Vaccination report Assam 1896-1927 - 1896-1927
Year: 1896
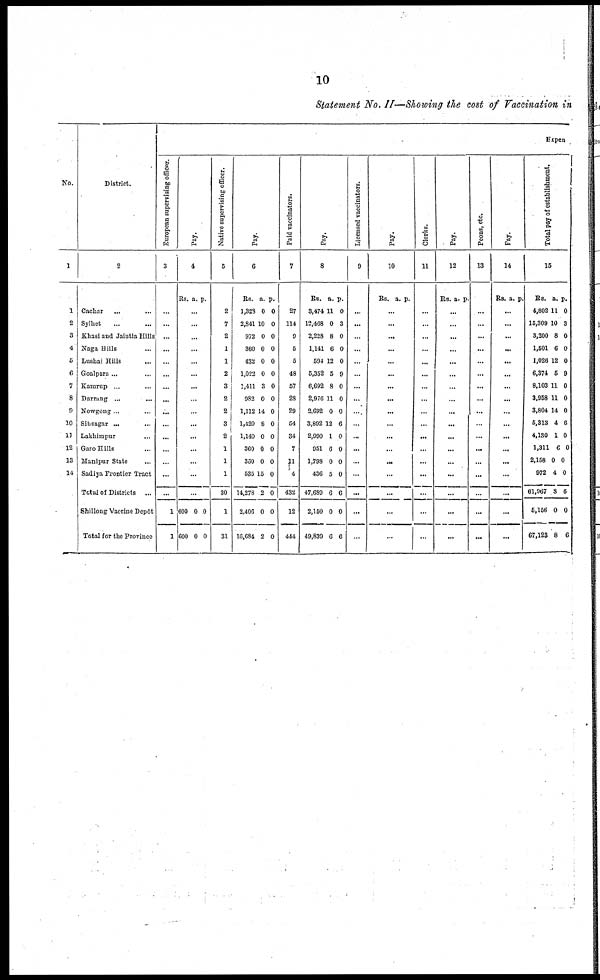
10
Statement No. II—Showing the cost of Vaccination in
No.
1
1
2
3
4
5
6
7
8
9
10
11
12
13
14
District.
2
Cachar... ...
Sylhet... ...
Khasi and Jaintia Hills
Naga Hills...
Lushai Hills...
Goalpara ... ... ...
Kamrup... ... ...
Darrang... ... ...
Nowgong... ...
Sibsagar... ...
Lakhimpur... ...
Garo Hills... ...
Manipur State... ...
Sadiya Frontier Tract
Total of Districts ...
Shillong Vaccine Depôt
Total for the Province
Expen
European supervising officer.
3
...
...
...
...
...
...
...
...
...
...
...
...
...
...
...
1
1
Pay.
4
Rs. a. p.
...
...
...
...
...
...
...
...
...
...
...
...
...
...
.
600
600
0
0
0
0
Native supervising officer.
5
2
7
2
1
1
2
3
2
2
3
2
1
1
1
30
1
31
Pay.
6
Rs.
1,328
2,841
972
360
432
1,023
1,411
982
1,112
1,420
1,140
360
360
535
14,278
2,406
16,684
a.
0
10
0
0
0
0
3
0
14
8
0
0
0
15
2
0
2
p.
0
0
0
0
0
0
0
0
0
0
0
0
0
0
0
0
0
Paid vaccinators.
7
27
114
9
5
5
48
57
28
29
54
34
7
11
4
432
12
444
Pay.
8
Rs.
3,474
12,468
2,228
1,141
594
5,352
6,692
2,976
2,692
3,892
2,990
951
1,798
436
47,689
2,150
49,839
a.
11
0
8
6
12
5
8
11
0
12
1
6
0
5
6
0
6
p.
0
3
0
0
0
9
0
0
0
6
0
0
0
0
6
0
6
Licensed vaccinators.
9
...
...
...
...
...
...
...
...
...
...
...
...
...
...
...
...
...
Pay.
10
Rs. a. p.
...
...
...
...
...
...
...
...
...
...
...
...
...
...
...
...
...
Clerks.
11
...
...
...
...
...
...
...
...
...
...
...
...
...
...
...
...
...
Pay.
12
Rs. a. p.
...
...
...
...
...
...
...
...
...
...
...
...
...
...
...
...
...
Peons, etc.
13
...
...
...
...
...
...
...
...
...
...
...
...
...
...
...
...
...
Pay.
14
Rs. a. p.
...
...
...
...
...
...
...
...
...
...
...
...
...
...
...
...
...
Total pay of establishment.
15
Rs.
4,802
15,309
3,200
1,501
1,026
6,374
8,103
3,958
3,804
5,313
4,130
1,311
2,158
972
61,967
5,166
67,123
a.
11
10
8
6
12
5
11
11
14
4
1
6
0
4
8
0
8
p.
0
3
0
0
0
9
0
0
0
6
0
0
0
0
6
0
6